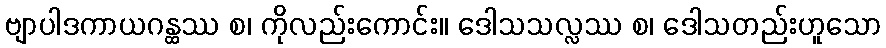
ဗျာပါဒကာယဂန္ထဿ စ၊ ကိုလည်းကောင်း။ ဒေါသသလ္လဿ စ၊ ဒေါသတည်းဟူသော